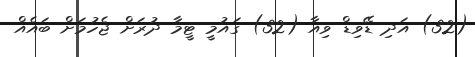
(32) އަދި ޑޭވިޑް ވިއާ (32) ގައުމީ ޓީމާ ދުރަށް ޖެހުމަށް ބައެއް